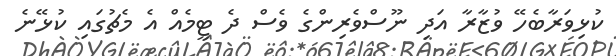
ކުޅިވަރާބެހޭ ވުޒާރާ އަދި ނޫސްވެރިންގެ ވެސް ދެ ޓީމެއް އެ މެޗުގައި ކުޅޭނެ